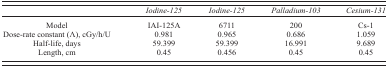
<table><thead><tr><td></td><td><b><i>Iodine‐125</i></b></td><td><b><i>Iodine‐125</i></b></td><td><b><i>Palladium‐103</i></b></td><td><b><i>Cesium‐131</i></b></td></tr></thead><tbody><tr><td>Model</td><td>IAI‐125A</td><td>6711</td><td>200</td><td>Cs‐1</td></tr><tr><td>Dose‐rate constant (Λ), cGy/h/U</td><td>0.981</td><td>0.965</td><td>0.686</td><td>1.059</td></tr><tr><td>Half‐life, days</td><td>59.399</td><td>59.399</td><td>16.991</td><td>9.689</td></tr><tr><td>Length, cm</td><td>0.45</td><td>0.456</td><td>0.45</td><td>0.45</td></tr></tbody></table>